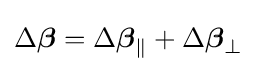
\Delta {\boldsymbol {\beta }}=\Delta {\boldsymbol {\beta }}_{\parallel }+\Delta {\boldsymbol {\beta }}_{\perp }